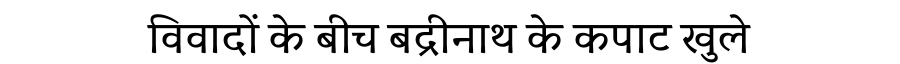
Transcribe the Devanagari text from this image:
विवादों के बीच बद्रीनाथ के कपाट खुले